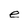
Character: e